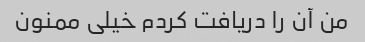
من آن را دریافت کردم خیلی ممنون